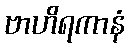
ဗာဟိရကာနံ